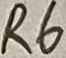
Text: R6